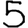
Digit: 5